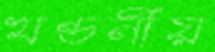
খণ্ডনীয়